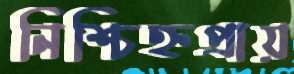
নিশ্চিহ্নপ্রায়